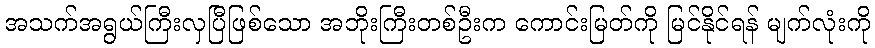
အသက်အရွယ်ကြီးလှပြီဖြစ်သော အဘိုးကြီးတစ်ဦးက ကောင်းမြတ်ကို မြင်နိုင်ရန် မျက်လုံးကို